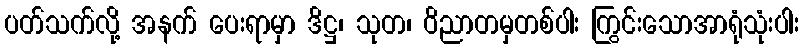
ပတ်သက်လို့ အနက် ပေးရာမှာ ဒိဋ္ဌ၊ သုတ၊ ဝိညာတမှတစ်ပါး ကြွင်းသောအာရုံသုံးပါး